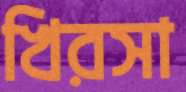
খিরসা